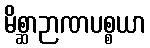
မိစ္ဆာဉာဏပစ္စယာ